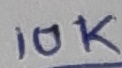
Text: 10K